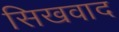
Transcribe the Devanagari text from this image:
सिखवाद